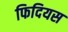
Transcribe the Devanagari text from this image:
फिदियस